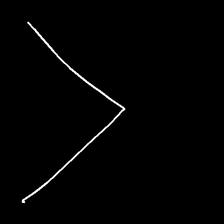
Glyph: region